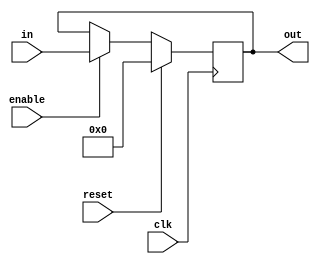
/* generic n bit register : default: 16 bit 
*/

module register_generic(clk, reset,enable, in, out ); 

	parameter n = 16;
	output reg [n-1:0] out;	
	input  [n-1:0] in;	
    input clk, reset, enable;
 
	always @( posedge clk ) begin
	 if (reset) 
	     out <= {n{1'b0}};
	 else if (enable)
	   out <= in;
	end
	
endmodule